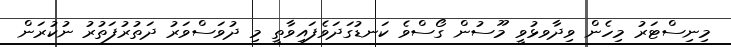
މިނިސްޓަރު މިހެން ވިދާވޅުވީ މޫސުން ގޯސްވެ ކަނޑުގަދަވެފައިވާތީ މި ދުވަސްވަރު ދަތުރުފަތުރު ނުކުރަން